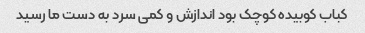
کباب کوبیده کوچک بود اندازش و کمی سرد به دست ما رسید